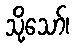
သို့သော်၊